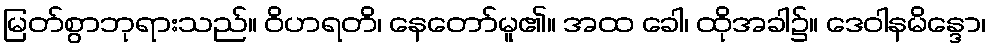
မြတ်စွာဘုရားသည်။ ဝိဟရတိ၊ နေတော်မူ၏။ အထ ခေါ၊ ထိုအခါ၌။ ဒေဝါနမိန္ဒော၊